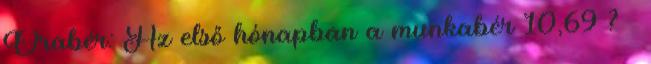
Órabér: Az első hónapban a munkabér 10,69 ?